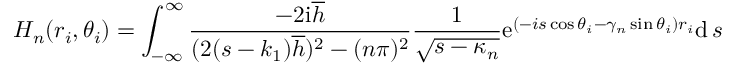
H _ { n } ( r _ { i } , \theta _ { i } ) = \int _ { - \infty } ^ { \infty } \frac { - 2 \mathrm { i } \overline { { h } } } { ( 2 ( s - k _ { 1 } ) \overline { { h } } ) ^ { 2 } - ( n \pi ) ^ { 2 } } \frac { 1 } { \sqrt { s - \kappa _ { n } } } \mathrm { e } ^ { ( - i s \cos \theta _ { i } - \gamma _ { n } \sin \theta _ { i } ) r _ { i } } \mathrm { d } \, s